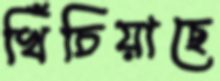
খিঁচিয়াছে